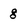
Character: 8